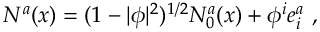
N ^ { a } ( x ) = ( 1 - | \phi | ^ { 2 } ) ^ { 1 / 2 } N _ { 0 } ^ { a } ( x ) + \phi ^ { i } e _ { i } ^ { a } \ ,